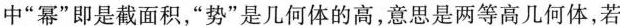
中”幂”即是截面积，”势”是几何体的高，意思是两等高几何体，若